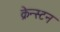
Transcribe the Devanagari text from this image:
क्रेन्स्टन